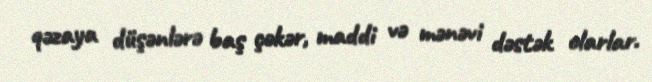
qəzaya düşənlərə baş çəkər, maddi və mənəvi dəstək olarlar.